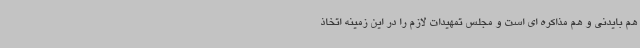
هم بایدنی و هم مذاکره ای است و مجلس تمهیدات لازم را در این زمینه اتخاذ